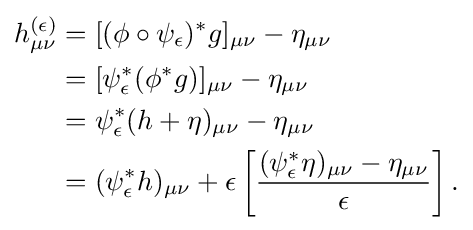
{\begin{aligned}h_{\mu \nu }^{(\epsilon )}&=[(\phi \circ \psi _{\epsilon })^{*}g]_{\mu \nu }-\eta _{\mu \nu }\\&=[\psi _{\epsilon }^{*}(\phi ^{*}g)]_{\mu \nu }-\eta _{\mu \nu }\\&=\psi _{\epsilon }^{*}(h+\eta )_{\mu \nu }-\eta _{\mu \nu }\\&=(\psi _{\epsilon }^{*}h)_{\mu \nu }+\epsilon \left[{\frac {(\psi _{\epsilon }^{*}\eta )_{\mu \nu }-\eta _{\mu \nu }}{\epsilon }}\right].\end{aligned}}